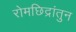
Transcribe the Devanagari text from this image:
रोमछिद्रांतुन